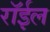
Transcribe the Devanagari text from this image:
रॉईल